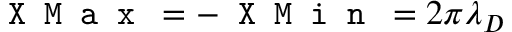
\texttt { X M a x } = - \texttt { X M i n } = 2 \pi \lambda _ { D }